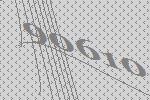
90610